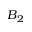
B _ { 2 }